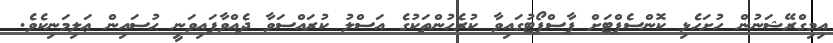
އިމިގްރޭޝަނުން ހުށަހެޅި ކޮންސެޕްޓަށް ޕާސްޕޯޓުގައިވާ ކުރެހުންތަކުގެ އަސްލު ކުރައްސަވާ ދެއްވާފައިވަނީ ޙުސައިން ޢަލިމަނިކެވެ.